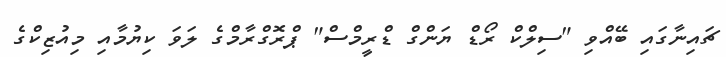
ޗައިނާގައި ބޭއްވި "ސިލްކް ރޯޑް ޔަންގް ޑްރީމްސް" ޕްރޮގްރާމްގެ ލަވަ ކިޔުމާއި މިއުޒިކްގެ